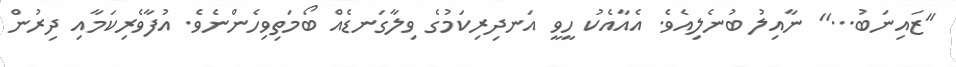
''ޒައިނަބު...'' ނާއިލު ބުނެލިއެވެ. އެއާއެކު ހީވީ އަނދިރިކަމުގެ ވިލާގަނޑެއް ބޯމަތިވިހެންނެވެ. އުފާވެރިކަމާއި ދިރުން